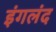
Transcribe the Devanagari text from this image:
इंगलंद